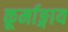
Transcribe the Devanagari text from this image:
कूर्माङ्गाय